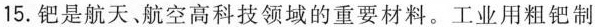
15.钯是航天、航空高科技领域的重要材料。工业用粗钯制